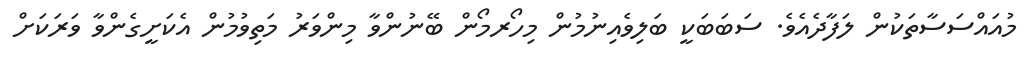
މުއައްސަސާތަކުން ލަފާދެއެވެ. ސަބަބަކީ ބަލިވެއިނުމުން މިހޯރމޯން ބޭނުންވާ މިންވަރު މަތިވުމުން އެކަށީގެންވާ ވަރަކަށް